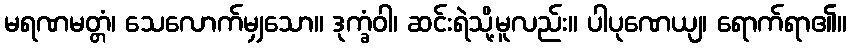
မရဏမတ္တံ၊ သေလောက်မျှသော။ ဒုက္ခံဝါ၊ ဆင်းရဲသို့မူလည်း။ ပါပုဏေယျ၊ ရောက်ရာ၏။